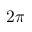
2 \pi